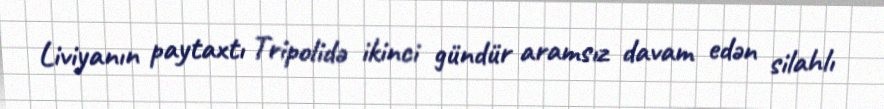
Liviyanın paytaxtı Tripolidə ikinci gündür aramsız davam edən silahlı